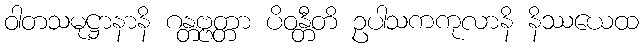
ဝါတသမုဋ္ဌာနာနိ ဂန္တဗ္ဗတ္တာ ပိဝန္တီတိ ဥပါသကကုလာနိ နိဿယေထ